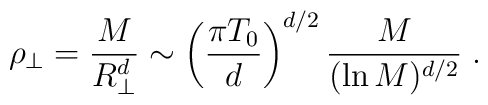
\rho_\perp = {M\over R_\perp^d}   \sim \left({\pi T_0\over d}\right)^{d/2}{M\over (\ln{M})^{d/2}}\; .